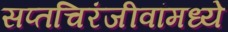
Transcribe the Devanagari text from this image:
सप्तचिरंजीवांमध्ये